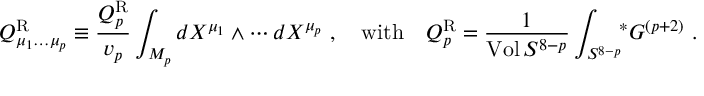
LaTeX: Q _ { \mu _ { 1 } \dots \mu _ { p } } ^ { \mathrm { R } } \equiv { \frac { Q _ { p } ^ { \mathrm { R } } } { v _ { p } } } \int _ { { \cal M } _ { p } } d X ^ { \mu _ { 1 } } \wedge \cdots d X ^ { \mu _ { p } } \ , \quad \mathrm { w i t h } \quad Q _ { p } ^ { \mathrm { R } } = { \frac { 1 } { \mathrm { V o l } \, S ^ { 8 - p } } } \int _ { S ^ { 8 - p } } \! \! { } ^ { * } G ^ { ( p + 2 ) } \ .